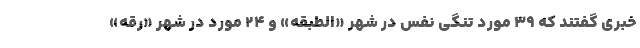
خبری گفتند که ۳۹ مورد تنگی نفس در شهر «الطبقه» و ۲۴ مورد در شهر «رقه»